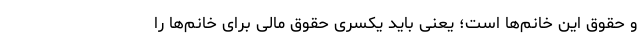
و حقوق این خانم‌ها است؛ یعنی باید یکسری حقوق مالی برای خانم‌ها را